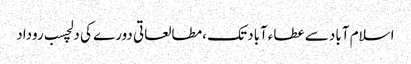
اسلام آباد سے عطاءآباد تک ،مطالعاتی دورے کی دلچسب روداد